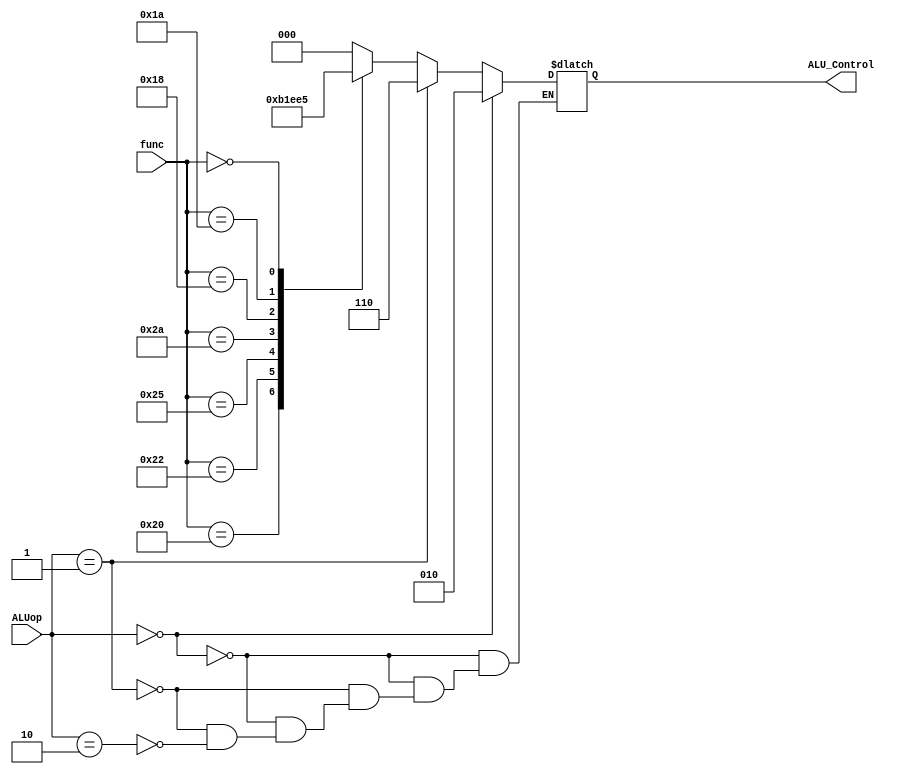
`timescale 1ns / 1ps

module ALUControl( input wire [5:0] func, input wire [1:0] ALUop, output reg [2:0] ALU_Control);


always @(*) begin

    if(ALUop[1:0] == 2'b00)
        ALU_Control = 3'b010; //load and store operation (signed add)
    else if (ALUop[1:0] == 2'b01)
        ALU_Control = 3'b110; //beq operation (signed sub)
    else if (ALUop[1:0] == 2'b10) begin
        case(func[5:0])
        //This matches the MIPS standard given ALUop and func signals 
        6'b100000 : ALU_Control = 3'b010; //R-type add with overflow (signed add)
        6'b100010 : ALU_Control = 3'b110; //R-Type subtract (signed sub) 
        6'b100100 : ALU_Control = 3'b000; //R-Type AND
        6'b100101 : ALU_Control = 3'b001; //R-Type OR
        6'b101010 : ALU_Control = 3'b111; //R-Type set on less than (signed SLT)     
        //The standard ALU_Control signal for multiply and divide is unknown
        //So I used random signals that were not used from the previous code above
        
        6'b011000 : ALU_Control = 3'b011; //R-Type Multiply   (sigend mult)
        6'b011010 : ALU_Control = 3'b100; //R-Type divide   (sigend div)
        6'b000000 : ALU_Control = 3'b101; //R-Type shift left
        
        default : ALU_Control = 3'b000; //By default we do an and operation 
        endcase
     end

  end
endmodule